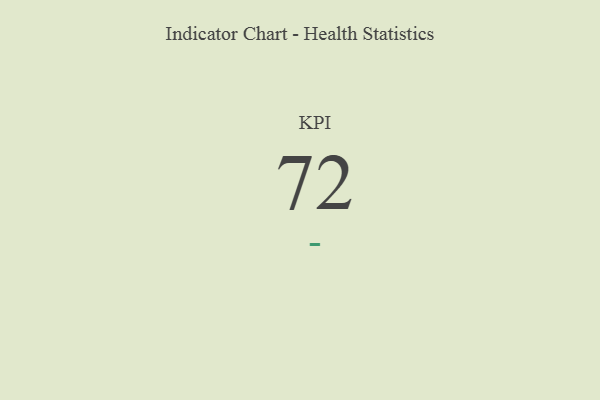
{"axis": {"x": "KPI", "y": "Value"}, "legend": [""], "data": [{"x": "KPI", "y": 72, "type": ""}]}